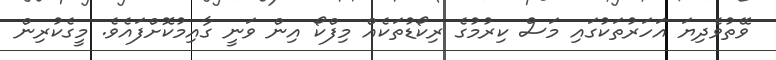
ވޭތުވެދިޔަ އަހަރުތަކުގައި މަސް ކިރުމުގެ ރިކޯޑުތަކެއް މިފްކޯ އިން ވަނީ ގާއިމުކޮށްފައެވެ. މީގެކުރިން